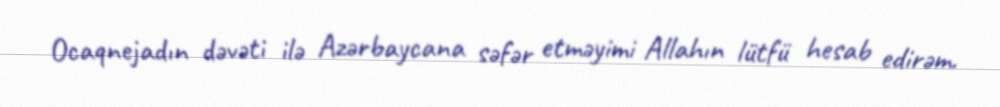
Ocaqnejadın dəvəti ilə Azərbaycana səfər etməyimi Allahın lütfü hesab edirəm.